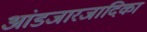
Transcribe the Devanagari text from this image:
आंडजारजादिका